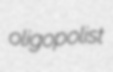
oligopolist